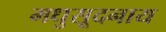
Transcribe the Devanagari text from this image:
मधुसूदनाय